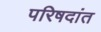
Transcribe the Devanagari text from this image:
परिषदांत